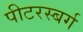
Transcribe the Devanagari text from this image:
पीटरस्बर्ग